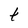
Character: t